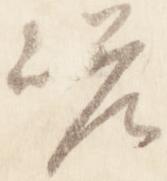
嵯